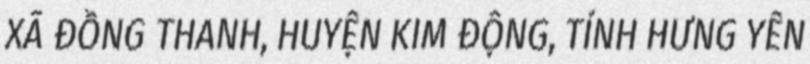
XÃ ĐỒNG THANH, HUYỆN KIM ĐỘNG, TỈNH HƯNG YÊN